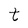
Character: t